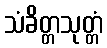
သံခိတ္တသုတ္တံ